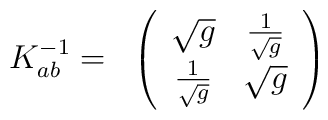
\begin{array}{cc} K^{-1}_{ab} = & \left(\begin{array}{cc}\sqrt{g} & { 1 \over \sqrt{g}} \\{1 \over \sqrt{g}} & \sqrt{g}\end{array} \right) \end{array}